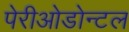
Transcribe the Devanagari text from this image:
पेरीओडोन्टल